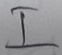
Text: I